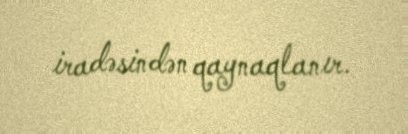
iradəsindən qaynaqlanır.